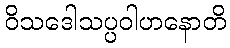
ဝိသဒေါသပ္ပဝါဟနောတိ